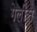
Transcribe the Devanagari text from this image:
गेलीस